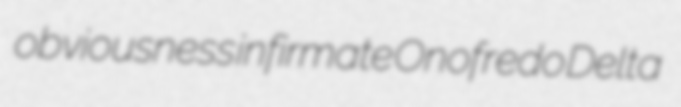
obviousness infirmate Onofredo Delta